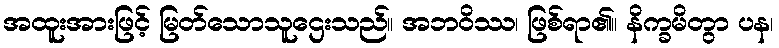
အထူးအားဖြင့် မြတ်သောသူဌေးသည်။ အဘဝိဿ၊ ဖြစ်ရာ၏။ နိက္ခမိတွာ ပန၊